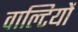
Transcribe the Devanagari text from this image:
वाल्टियों